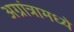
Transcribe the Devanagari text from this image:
अग्रांत्रामध्ये